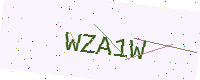
Text: WZA1W